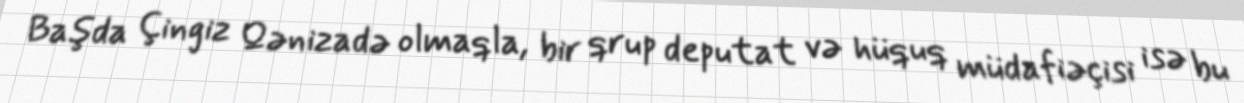
Başda Çingiz Qənizadə olmaqla, bir qrup deputat və hüquq müdafiəçisi isə bu